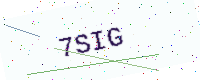
Text: 7SIG